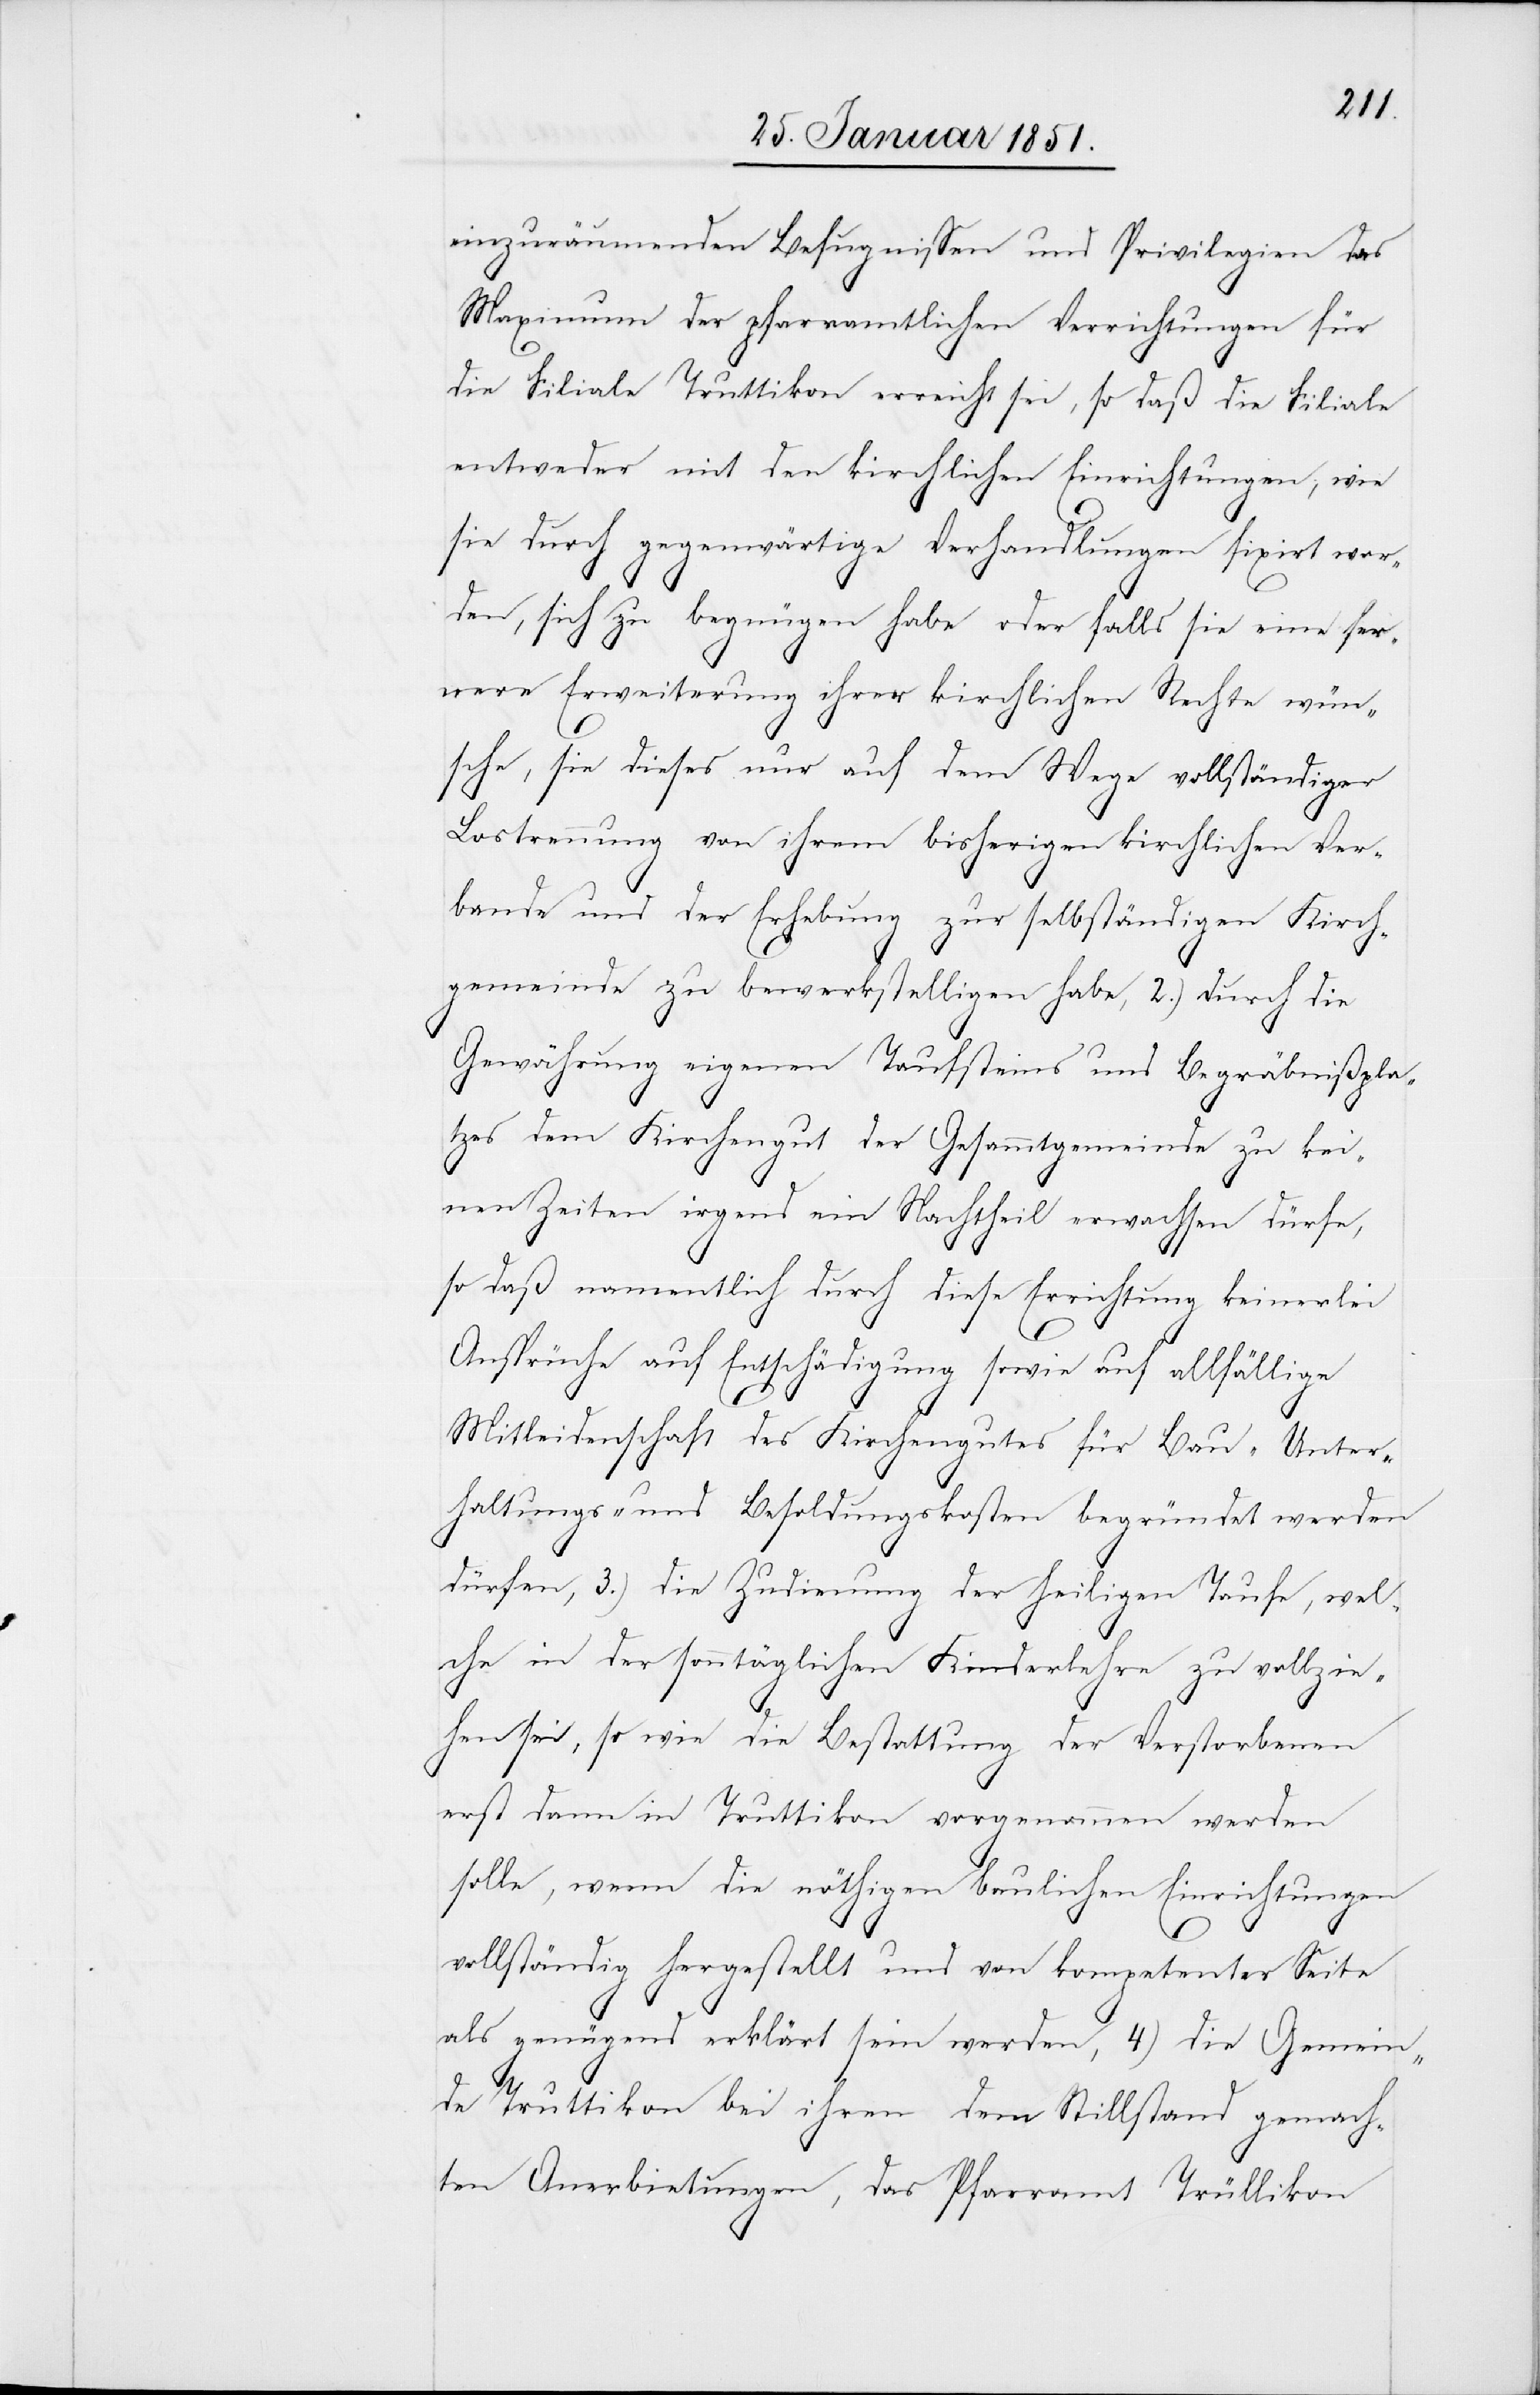
einzuräumenden Befugnissen und Privilegien das
Maximum der pfarramtlichen Verrichtungen für
die Filiale Truttikon erreicht sei, so daß die Filiale
entweder mit den kirchlichen Einrichtungen, wie
sie durch gegenwärtige Verhandlungen fixirt wor¬
den, sich zu begnügen habe oder falls sie eine fer¬
nere Erweiterung ihrer kirchlichen Rechte wün¬
sche, sie dieses nur auf dem Wege vollständiger
Lostrennung von ihrem bisherigen kirchlichen Ver¬
bande und der Erhebung zur selbständigen Kirch¬
gemeinde zu bewerkstelligen habe, 2.) durch die
Gewährung eigenen Taufsteins und Begräbnißpla¬
tzes dem Kirchengut der Gesammtgemeinde zu kei¬
nen Zeiten irgend ein Nachtheil erwachsen dürfe,
so daß namentlich durch diese Errichtung keinerlei
Ansprüche auf Entschädigung sowie auf allfällige
Mitleidenschaft des Kirchengutes für Bau-[,] Unter¬
haltungs- und Besoldungskosten begründet werden
dürfen, 3.) die Zudienung der heiligen Taufe, wel¬
che in der sonntäglichen Kinderlehre zu vollzie¬
hen sei, so wie die Bestattung der Verstorbenen
erst dann in Truttikon vorgenommen werden
solle, wenn die nöthigen baulichen Einrichtungen
vollständig hergestellt und von kompetenter Seite
als genügend erklärt sein werden, 4) die Gemein¬
de Truttikon bei ihren dem Stillstand gemach¬
ten Anerbietungen, das Pfarramt Trüllikon